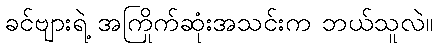
ခင်ဗျားရဲ့ အကြိုက်ဆုံးအသင်းက ဘယ်သူလဲ။